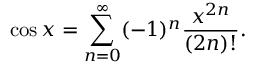
\cos x = \sum _ { n = 0 } ^ { \infty } ( - 1 ) ^ { n } { \frac { x ^ { 2 n } } { ( 2 n ) ! } } .